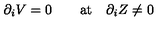
\partial _ { i } V = 0 \qquad \mathrm { a t } \quad \partial _ { i } Z \neq 0